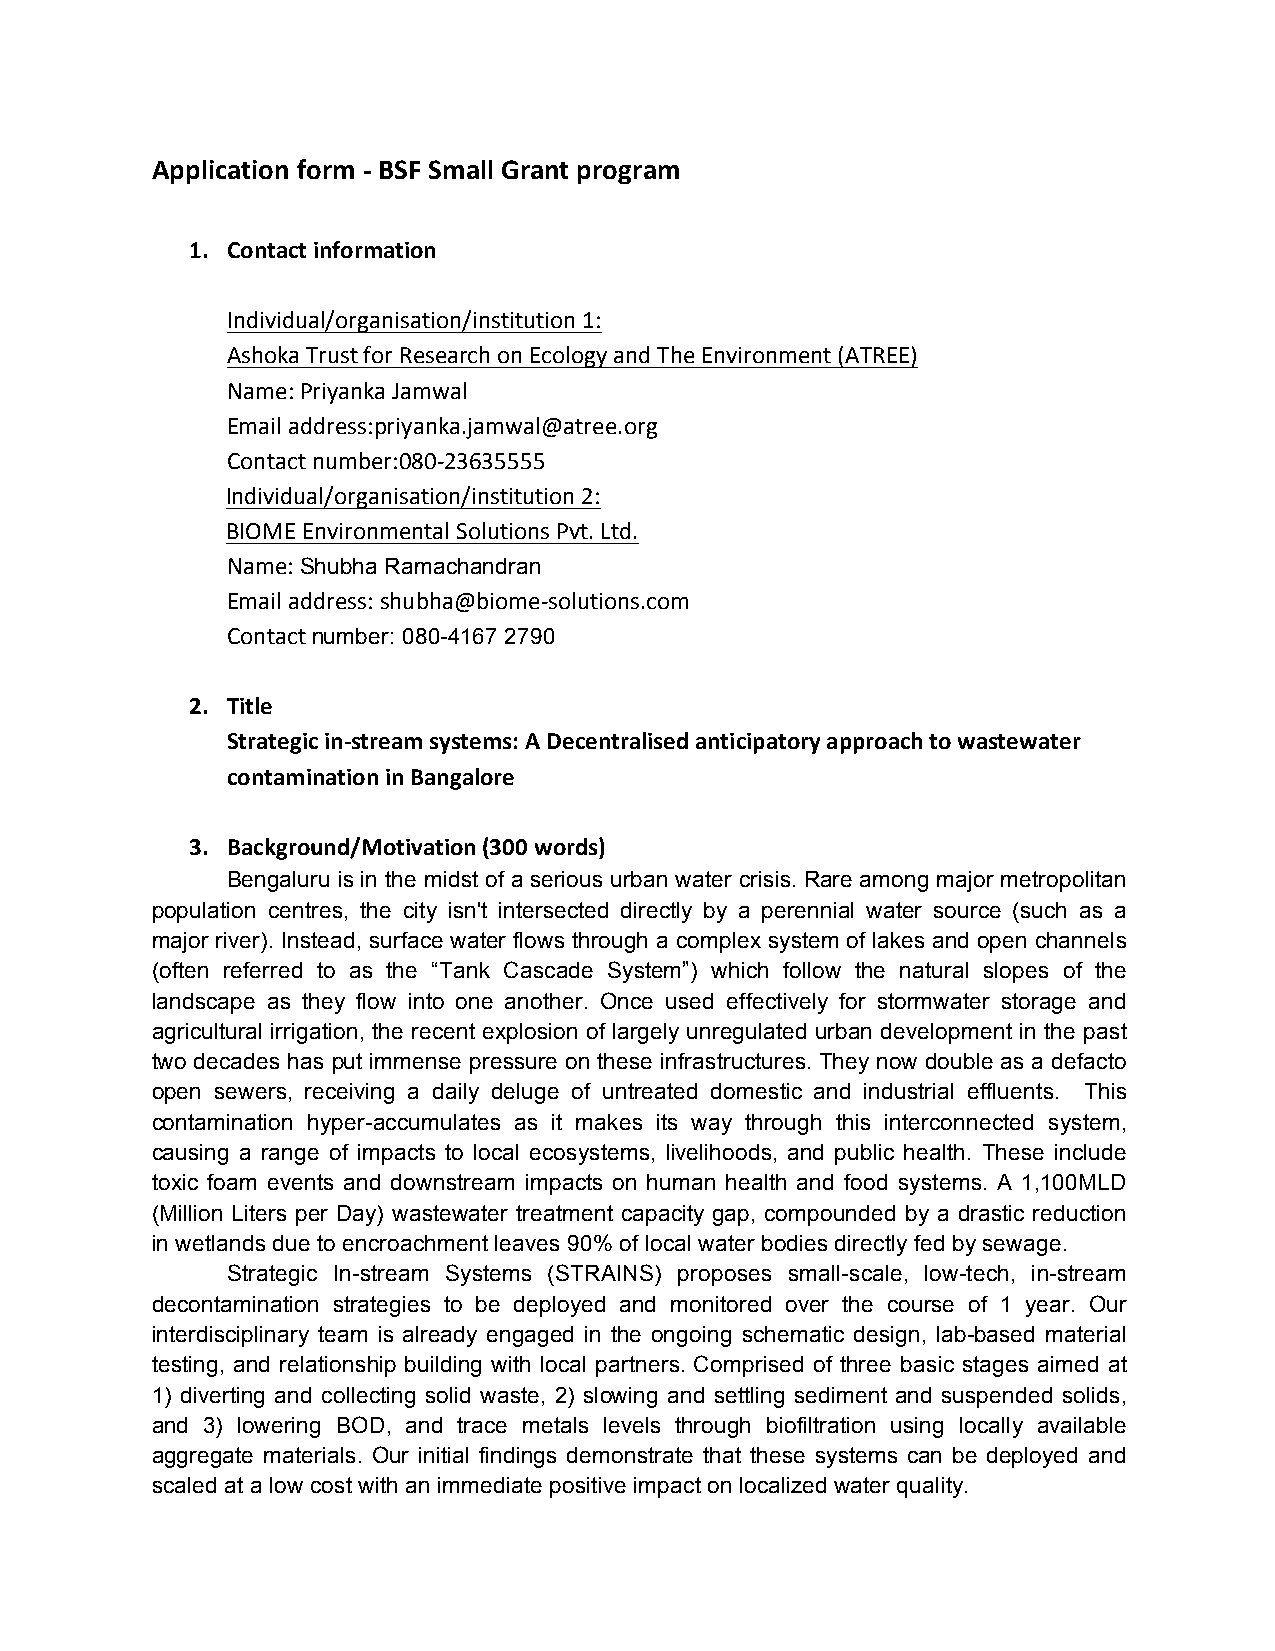
Application form - BSF Small Grant program
 1. Contact information
 Individual/organisation/institution 1:
 Ashoka Trust for Research on Ecology and The Environment (ATREE)
 Name: Priyanka Jamwal
 Email address:priyanka.jamwal@atree.org
 Contact number:080-23635555
 Individual/organisation/institution 2:
 BIOME Environmental Solutions Pvt. Ltd.
 Name: Shubha Ramachandran
 Email address: shubha@biome-solutions.com
 Contact number: 080-4167 2790
 2. Title
 Strategic in-stream systems: A Decentralised anticipatory approach to wastewater
 contamination in Bangalore
 3. Background/Motivation (300 words)
 Bengaluru is in the midst of a serious urban water crisis. Rare among major metropolitan
 population centres, the city isn't intersected directly by a perennial water source (such as a
 major river). Instead, surface water flows through a complex system of lakes and open channels
 (often referred to as the “Tank Cascade System”) which follow the natural slopes of the
 landscape as they flow into one another. Once used effectively for stormwater storage and
 agricultural irrigation, the recent explosion of largely unregulated urban development in the past
 two decades has put immense pressure on these infrastructures. They now double as a defacto
 open sewers, receiving a daily deluge of untreated domestic and industrial effluents. This
 contamination hyper-accumulates as it makes its way through this interconnected system,
 causing a range of impacts to local ecosystems, livelihoods, and public health. These include
 toxic foam events and downstream impacts on human health and food systems. A 1,100MLD
 (Million Liters per Day) wastewater treatment capacity gap, compounded by a drastic reduction
 in wetlands due to encroachment leaves 90% of local water bodies directly fed by sewage.
 Strategic In-stream Systems (STRAINS) proposes small-scale, low-tech, in-stream
 decontamination strategies to be deployed and monitored over the course of 1 year. Our
 interdisciplinary team is already engaged in the ongoing schematic design, lab-based material
 testing, and relationship building with local partners. Comprised of three basic stages aimed at
 1) diverting and collecting solid waste, 2) slowing and settling sediment and suspended solids,
 and 3) lowering BOD, and trace metals levels through biofiltration using locally available
 aggregate materials. Our initial findings demonstrate that these systems can be deployed and
 scaled at a low cost with an immediate positive impact on localized water quality.